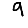
Digit: 9